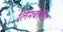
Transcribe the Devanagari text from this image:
लिमबर्गिश